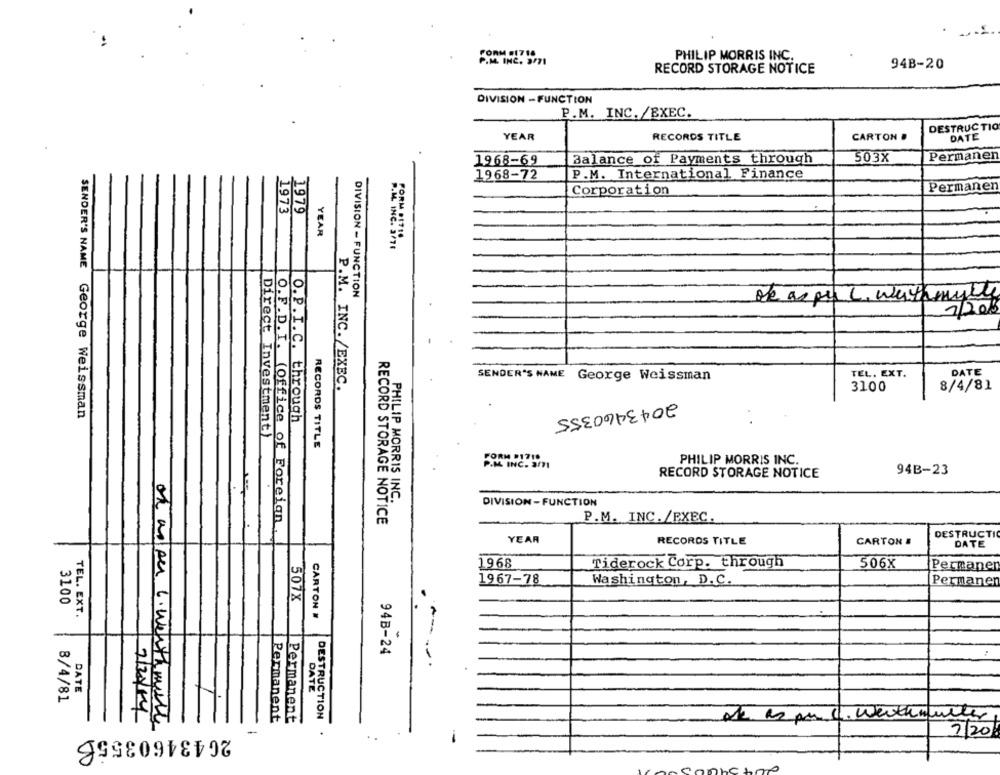
FORM .1710
PHILIP MORRIS INC.
P.M. INC. 3/71
RECORD STORAGE NOTICE
94B-20
DIVISION - FUNCTION
P.M. INC./EXEC.
DESTRUCTIO
YEAR
RECORDS TITLE
CARTON .
DATE
1968-69
Balance of Payments through
503X
Permanen
1968-72
P.M. International Finance
Permanen
Corporation
1973
1979
YEAR
FORM #1716
P.M. INC. 3/71
DIVISION - FUNCTION
De as pr L . withmythe
7/201
TEL. EXT.
SENDER'S NAME
George Weissman
DATE
P.M. INC./EXEC.
3100
8/4/81
2043460355
SENDER'S NAME George Weissman
O.P.I.C. through
Direct Investment)
RECORDS TITLE
FORM #1710
P.M. INC. 3/71
PHILIP MORRIS INC.
RECORD STORAGE NOTICE
94B-23
PHILIP MORRIS INC.
DIVISION - FUNCTION
RECORD STORAGE NOTICE
P.M. INC./EXEC.
O.F.D.I. (Office of Foreign
DESTRUCTI
YEAR
RECORDS TITLE
CARTON #
DATE
1968
Tiderock Corp. through
506X
Permanen
U
1967-78
Washington, D.C.
Permanen
507X
3100
CARTON
TEL. EXT.
94B-24
----
DATE
DATE
8/4/81
1
2/2004
Permanent
Permanent
DESTRUCTION
Ale as pu c. werthmuller
on wolken c.weathmilk
2643460355B
..
7/20